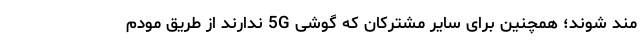
مند شوند؛ همچنین برای سایر مشترکان که گوشی 5G ندارند از طریق مودم